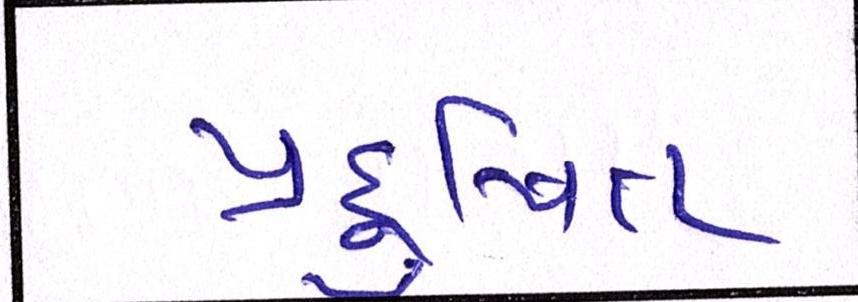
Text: પ્રદુષિત